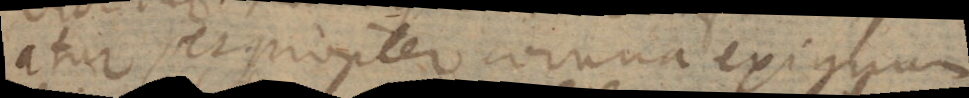
atur, et propter cornua exiguum